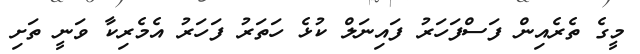
މީގެ ތެރެއިން ފަސްފަހަރު ފައިނަލް ކުޅެ ހަތަރު ފަހަރު އެމެރިކާ ވަނީ ތަށި